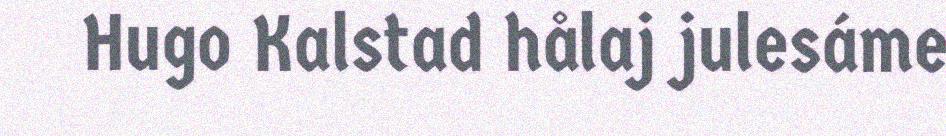
Hugo Kalstad hålaj julesáme